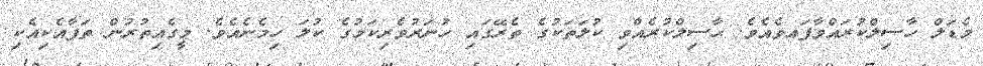
މެޑަލް ހާސިލްކުރައްވާފައވެއެވެ. ޙާސިލްކުރެއްވި ކުލަތަކުގެ ތެރޭގައި ހުނަރުވެރިކަމުގެ ކުލަ ހިމެނެއެވެ. މީގެއިތުރުން ތަފާއެކިއެކި